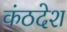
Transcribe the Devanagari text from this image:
कंठदेश